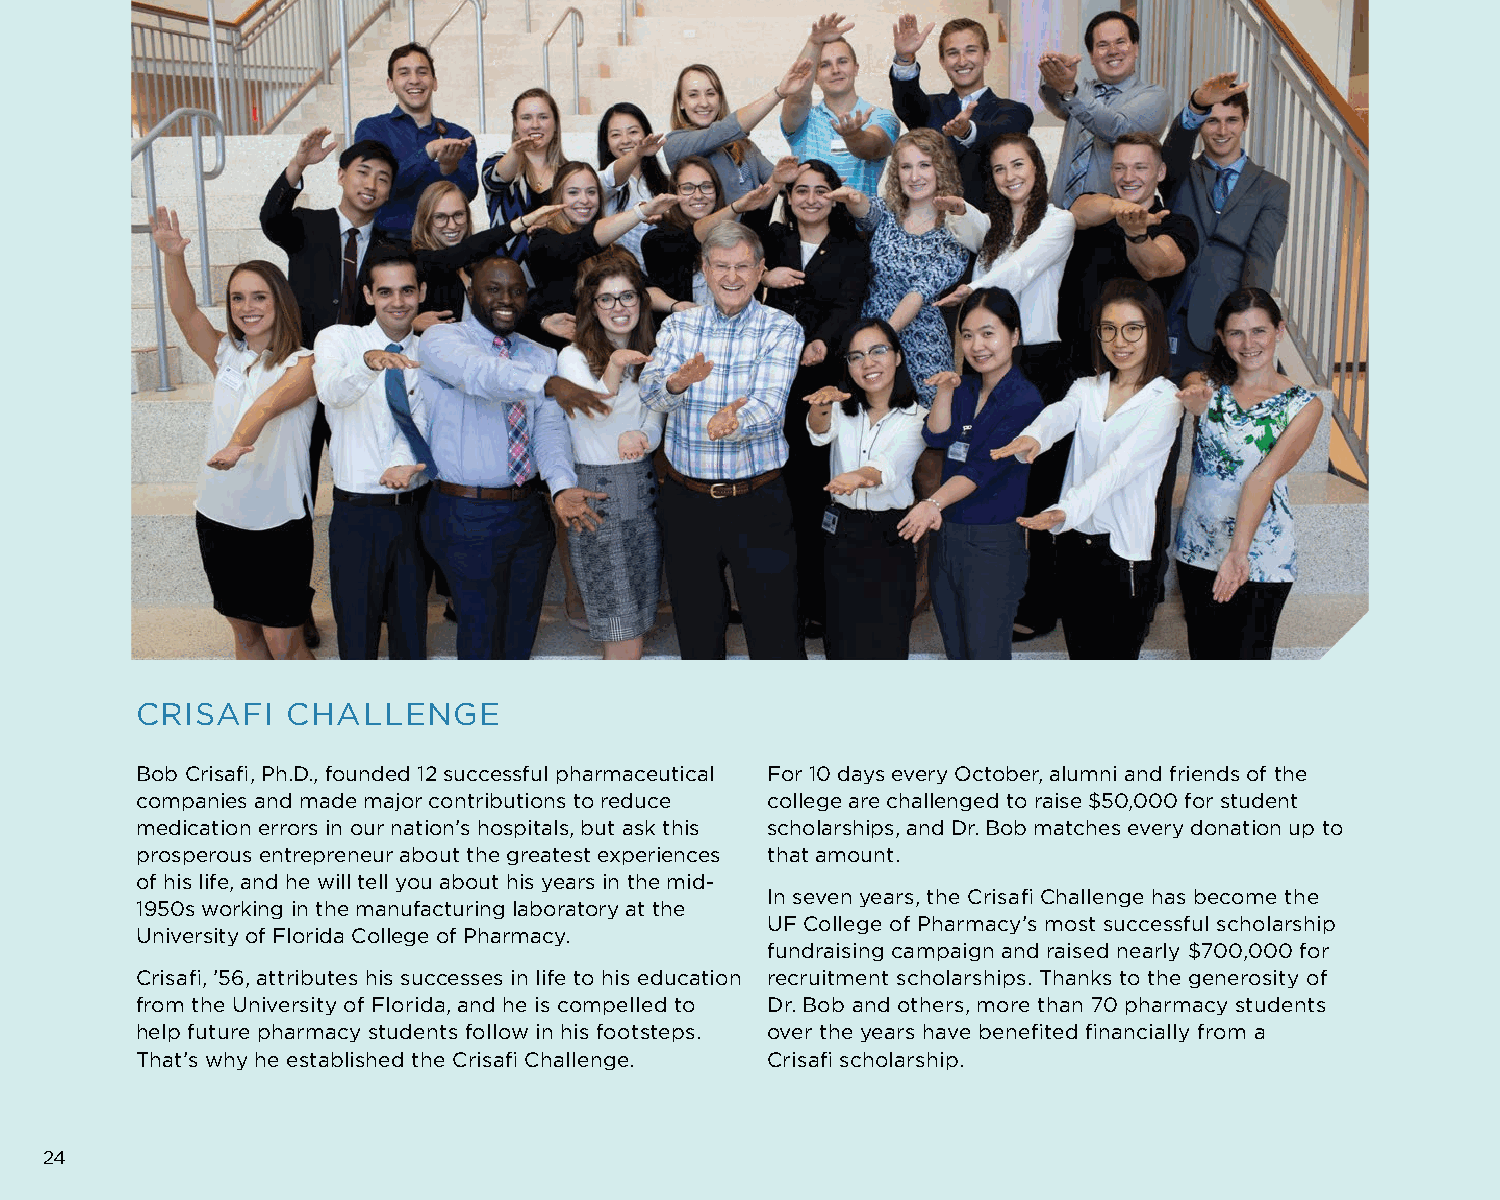
CRISAFI   CHALLENGE
 Bob Crisafi, Ph.D., founded 12 successful pharmaceutical For 10 days every October, alumni and friends of the
 companies and made major contributions to reduce college are challenged to raise $50,000 for student
 medication errors in our nation’s hospitals, but ask this scholarships, and Dr. Bob matches every donation up to
 prosperous entrepreneur about the greatest experiences that amount.
 of his life, and he will tell you about his years in the mid-
 In seven years, the Crisafi Challenge has become the
 1950s working in the manufacturing laboratory at the
 UF College of Pharmacy’s most successful scholarship
 University of Florida College of Pharmacy.
 fundraising campaign and raised nearly $700,000 for
 Crisafi, ’56, attributes his successes in life to his education recruitment scholarships. Thanks to the generosity of
 from the University of Florida, and he is compelled to Dr. Bob and others, more than 70 pharmacy students
 help future pharmacy students follow in his footsteps. over the years have benefited financially from a
 That’s why he established the Crisafi Challenge. Crisafi scholarship.
 24